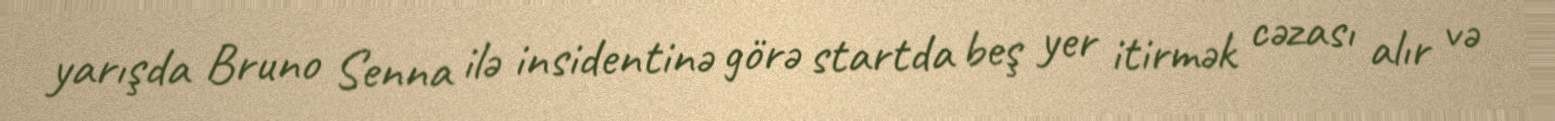
yarışda Bruno Senna ilə insidentinə görə startda beş yer itirmək cəzası alır və